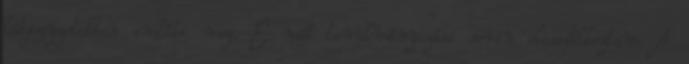
lábjegyzetekben említi meg. E mű tanulmányozása során elcsodálkoztam. A